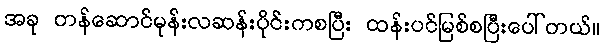
အခု တန်ဆောင်မုန်းလဆန်းပိုင်းကစပြီး ထန်းပင်မြစ်စပြီးပေါ်တယ်။